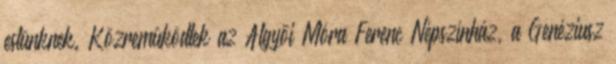
estünknek. Közremûködtek az Algyõi Móra Ferenc Népszínház, a Genéziusz